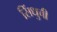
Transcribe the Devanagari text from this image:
सिंधुची